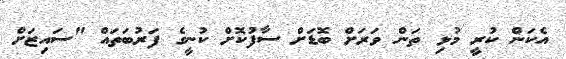
އެކަން ކުރީ މުޅި ތަން ވަރަށް ބޮޑަށް ސާފުކޮށް ކުނީގެ ފަރުބަތައް "ސައިޒަށް